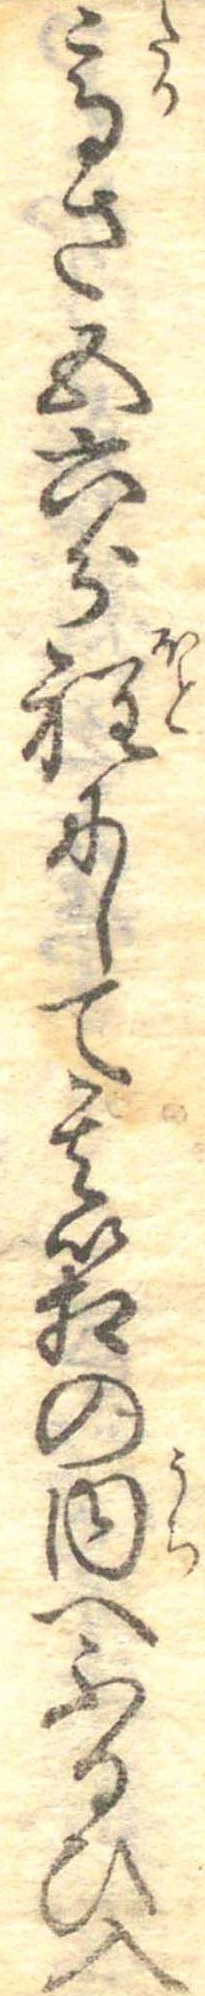
高さ五六分程にして其箱の内へふるひ入